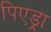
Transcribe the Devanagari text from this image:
पिएड्रा